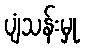
ပျံသန်းမှု